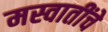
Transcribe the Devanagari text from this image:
मस्वातींचे